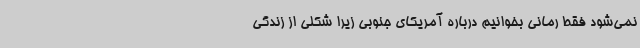
نمی‌شود فقط رمانی بخوانیم درباره آمریکای جنوبی زیرا شکلی از زندگی